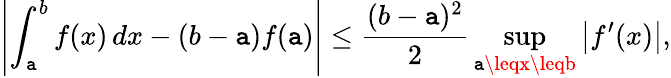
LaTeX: \left|\int_{\mathtt{a}}^{b}f(x)\, dx-(b-\mathtt{a})f(\mathtt{a})\right|\leq{\frac{{(b-\mathtt{a})^{2}}}{{2}}}\operatorname*{sup}_{\mathtt{a}\leqx\leqb}\left|f^{\prime}(x)\right|,